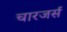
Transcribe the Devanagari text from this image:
चारजर्स